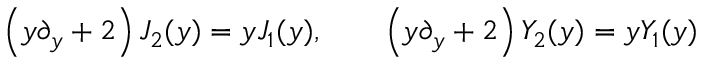
\left( y \partial _ { y } + 2 \right) J _ { 2 } ( y ) = y J _ { 1 } ( y ) , \qquad \left( y \partial _ { y } + 2 \right) Y _ { 2 } ( y ) = y Y _ { 1 } ( y )